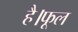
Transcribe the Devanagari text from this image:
है।फूल